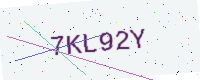
Text: 7KL92Y